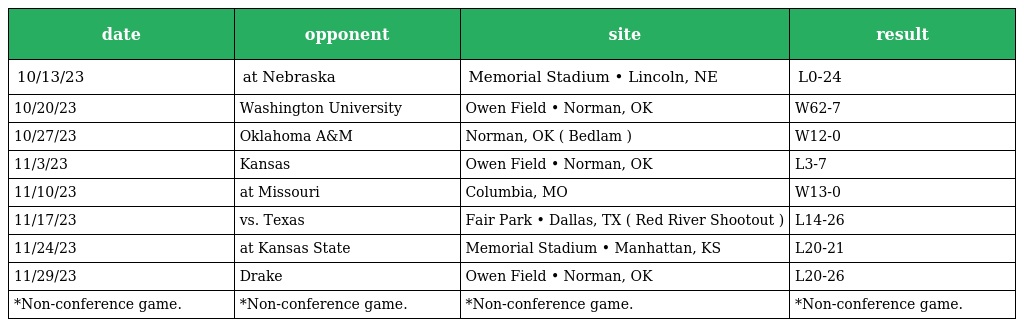
| date | opponent | site | result |
 | --- | --- | --- | --- |
 | 10/13/23 | at Nebraska | Memorial Stadium • Lincoln, NE | L0-24 |
 | 10/20/23 | Washington University | Owen Field • Norman, OK | W62-7 |
 | 10/27/23 | Oklahoma A&M | Norman, OK ( Bedlam ) | W12-0 |
 | 11/3/23 | Kansas | Owen Field • Norman, OK | L3-7 |
 | 11/10/23 | at Missouri | Columbia, MO | W13-0 |
 | 11/17/23 | vs. Texas | Fair Park • Dallas, TX ( Red River Shootout ) | L14-26 |
 | 11/24/23 | at Kansas State | Memorial Stadium • Manhattan, KS | L20-21 |
 | 11/29/23 | Drake | Owen Field • Norman, OK | L20-26 |
 | *Non-conference game. | *Non-conference game. | *Non-conference game. | *Non-conference game. |